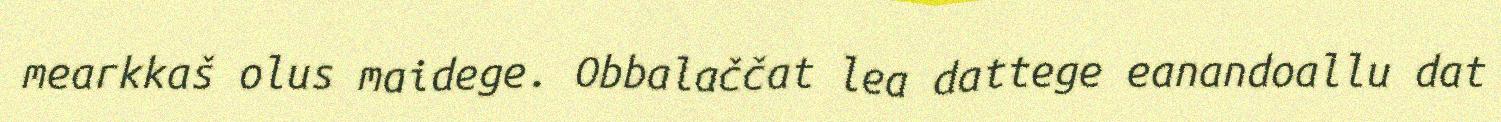
mearkkaš olus maidege. Obbalaččat lea dattege eanandoallu dat